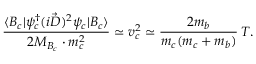
\frac { \langle B _ { c } | \psi _ { c } ^ { \dagger } ( i \vec { D } ) ^ { 2 } \psi _ { c } | B _ { c } \rangle } { 2 M _ { B _ { c } } \cdot m _ { c } ^ { 2 } } \simeq v _ { c } ^ { 2 } \simeq \frac { 2 m _ { b } } { m _ { c } ( m _ { c } + m _ { b } ) } \, T .